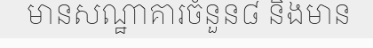
មានសណ្ឋាគារចំនួន៨ និងមាន